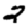
Digit: 2